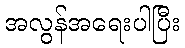
အလွန်အရေးပါပြီး